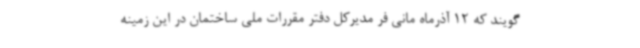
گویند که 12 آذرماه مانی فر مدیرکل دفتر مقررات ملی ساختمان در این زمینه